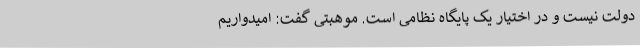
دولت نیست و در اختیار یک پایگاه نظامی است. موهبتی گفت: امیدواریم